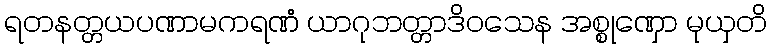
ရတနတ္တယပဏာမကရဏံ ယာဂုဘတ္တာဒိဝသေန အစ္စုဏှော မုယှတိ